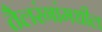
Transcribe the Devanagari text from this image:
तैलरंगांमधील